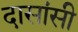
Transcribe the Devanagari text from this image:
दासांसी